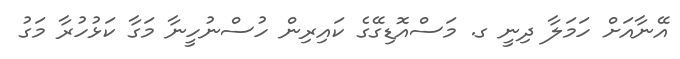
އޭނާއަށް ހަމަލާ ދިނީ ގ. މަސްއޮޑިގޭގެ ކައިރިން ހުސްނުހީނާ މަގާ ކަޅުހުރާ މަގު